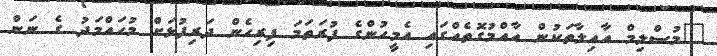
"މުސްލިމް އާއިލާތަކުން އާއްމުގޮތެއްގައި އެމީހުންގެ ފުރަތަމަ ފިރިހެން ދަރިފުޅަށް މުހައްމަދު ގެ ނަން